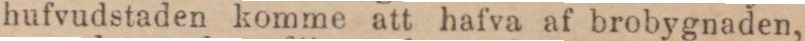
hufvudstaden komme att hafva af brobygnaden,